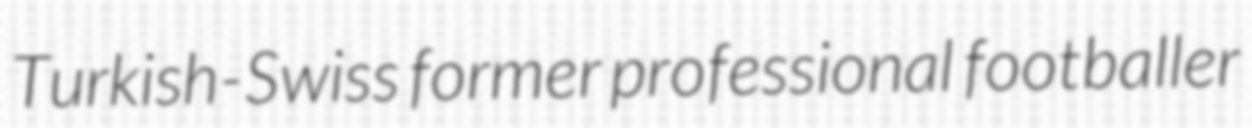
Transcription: Turkish-Swiss former professional footballer